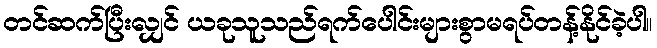
တင်ဆက်ပြီးလျှင် ယခုသူသည်ရက်ပေါင်းများစွာမရပ်တန့်နိုင်ခဲ့ပါ။